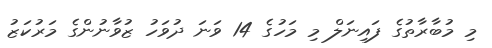
މި މުބާރާތުގެ ފައިނަލް މި މަހުގެ 14 ވަނަ ދުވަހު ޒުވާނުންގެ މަރުކަޒު